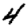
Digit: 4